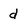
Character: d